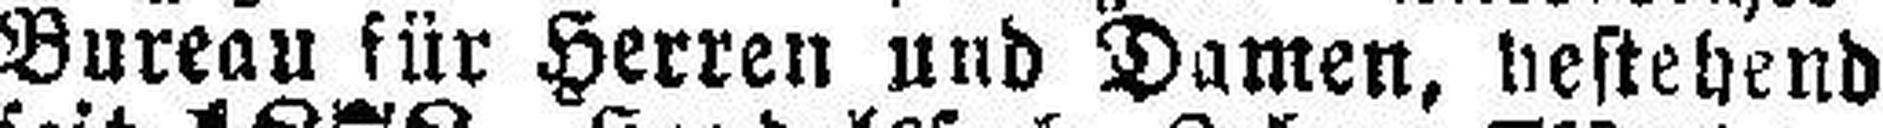
Bureau für Herren nnd Damen, bestebend